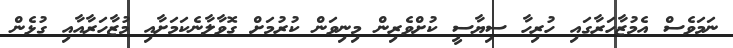
ނަމަވެސް އެމުޒާހަރާގައި ހުރިހާ ސިޔާސީ ކުށްވެރިން މިނިވަން ކުރުމަށް ގޮވާލާނެކަމަށާއި މުޒާހަރާއާއި ގުޅެން